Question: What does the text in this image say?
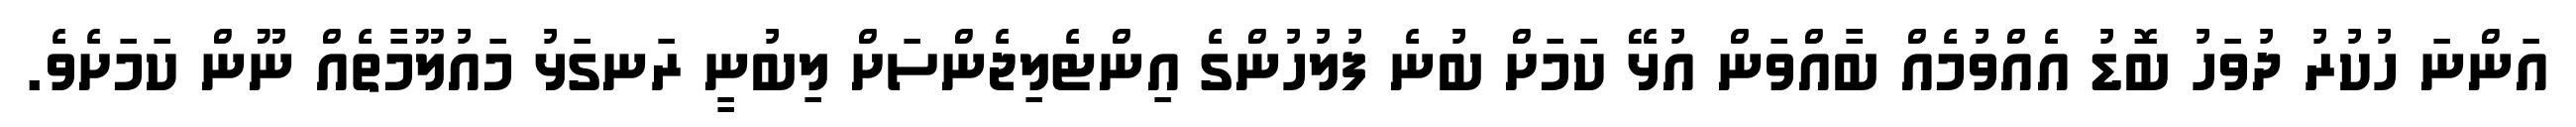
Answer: އަންނަ ހުކުރު ދުވަހު ބޮޑު އެއްވުމެއް ބާއްވަން އުޅޭ ކަމަށް ބުނެ ފުލުހުންގެ އިންޓެލިޖެންސަށް ލިބުނީ ރަނގަޅު މައުލޫމާތެއް ނޫން ކަމަށެވެ.